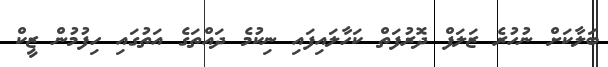
ބަލާކަށް ނުހުރެ ޒަލަފް ދޮރުފަތް ކަހާލައިފައި ނިކުމެ ދައްތަގެ އަތުގައި ހިފުމުން ޒީކް